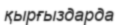
қырғыздарда